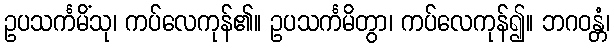
ဥပသင်္ကမိံသု၊ ကပ်လေကုန်၏။ ဥပသင်္ကမိတွာ၊ ကပ်လေကုန်၍။ ဘဂဝန္တံ၊